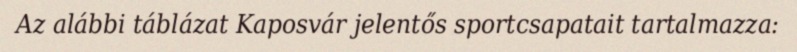
Az alábbi táblázat Kaposvár jelentős sportcsapatait tartalmazza: